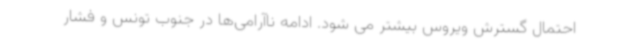
احتمال گسترش ویروس بیشتر می شود. ادامه ناآرامی‌ها در جنوب تونس و فشار